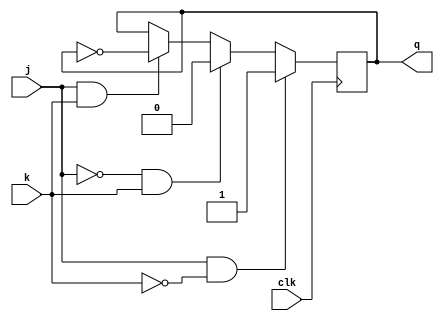
module jk_flip_flop (
  input wire clk,
  input wire j,
  input wire k,
  output reg q
);

always @ (negedge clk)
begin
  if (j & !k)
    q <= 1;
  else if (!j & k)
    q <= 0;
  else if (j & k)
    q <= ~ q;
end

endmodule